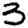
Digit: 3